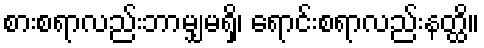
စားစရာလည်းဘာမျှမရှိ၊ ရောင်းစရာလည်းနတ္ထိ။